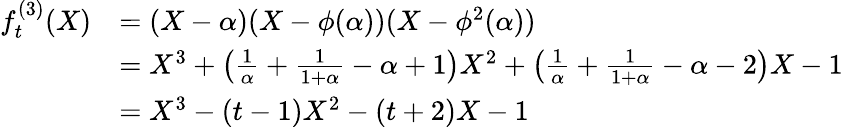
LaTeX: \begin{array}{rl}{f_{t}^{(3)}(X)}&{=(X-\alpha)(X-\phi(\alpha))(X-\phi^{2}(\alpha))}\\ &{=X^{3}+\left(\frac{1}{\alpha}+\frac{1}{1+\alpha}-\alpha+1\right)X^{2}+\left(\frac{1}{\alpha}+\frac{1}{1+\alpha}-\alpha-2\right)X-1}\\ &{=X^{3}-(t-1)X^{2}-(t+2)X-1}\end{array}